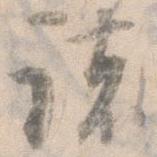
諸